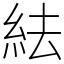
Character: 紶